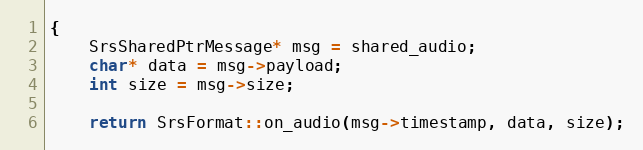
Language: C++
{
    SrsSharedPtrMessage* msg = shared_audio;
    char* data = msg->payload;
    int size = msg->size;

    return SrsFormat::on_audio(msg->timestamp, data, size);